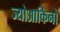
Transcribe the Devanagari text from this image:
ज्योआकिनो